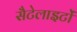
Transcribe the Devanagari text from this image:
सैटेलाइटों